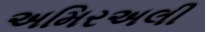
અમિરઅલી